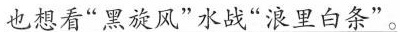
\underline{也想看”黑旋风”水战”浪里白条”。}